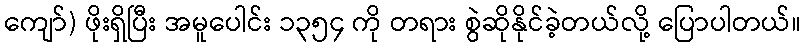
ကျော်) ဖိုးရှိပြီး အမူပေါင်း ၁၃၅၄ ကို တရား စွဲဆိုနိုင်ခဲ့တယ်လို့ ပြောပါတယ်။